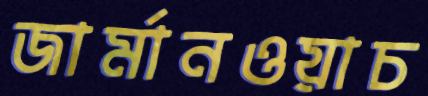
জার্মানওয়াচ